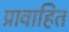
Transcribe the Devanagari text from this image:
प्रावाहित